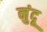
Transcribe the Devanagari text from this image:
नुंदू